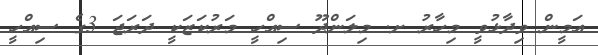
އަމީން ވިދާޅުވީ މިހާރު ށ. މިލަންދޫ ސިއްހީ މަރުކަޒަކީ ދަރަޖަ 3ގެ ސިއްހީ